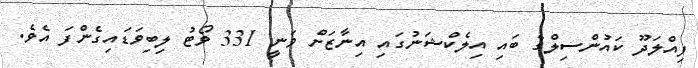
ފިއްލަދޫ ކައުންސިލްގެ ބައި އިލެކްޝަނުގައި އިނާޒަށް ވަނީ 331 ވޯޓު ލިބިވަޑައިގެންފަ އެވެ.